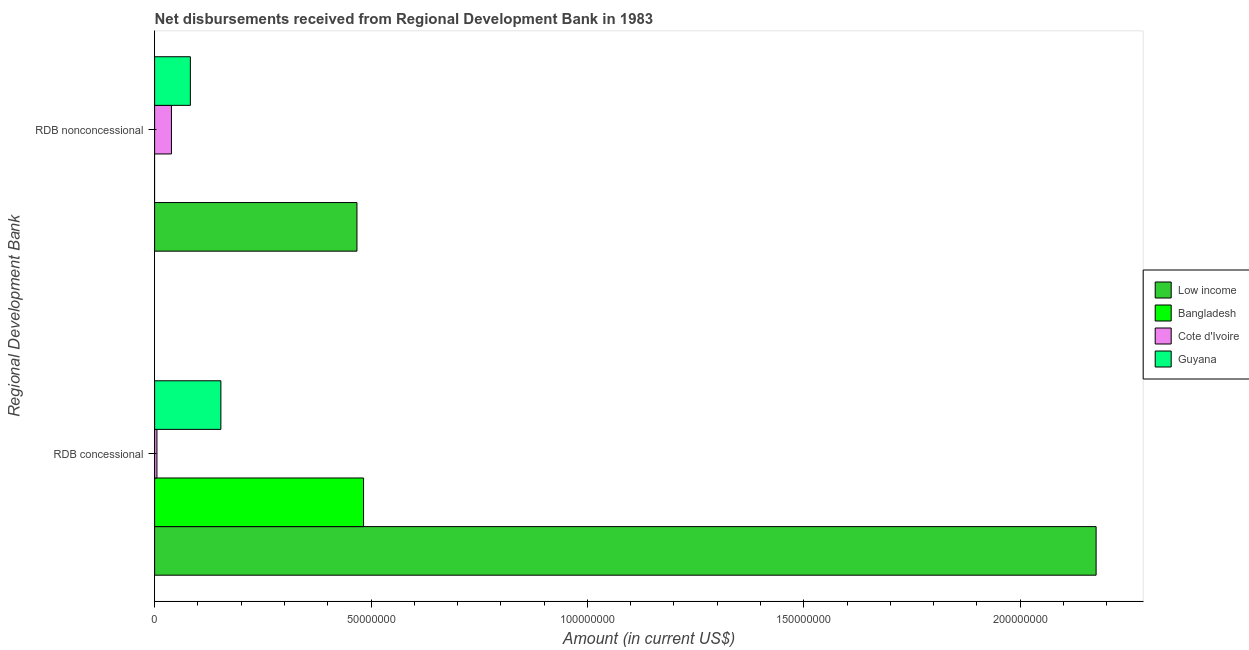
| Regional Development Bank | Low income | Bangladesh | Cote d'Ivoire | Guyana |
 | --- | --- | --- | --- | --- |
 | RDB concessional | 2.18e+08 | 4.83e+07 | 5.43e+05 | 1.53e+07 |
 | RDB nonconcessional | 4.68e+07 | -6.6e+05 | 3.89e+06 | 8.26e+06 |